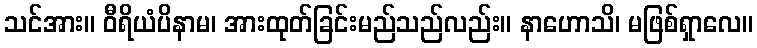
သင်အား။ ဝီရိယံပိနာမ၊ အားထုတ်ခြင်းမည်သည်လည်း။ နာဟောသိ၊ မဖြစ်ရှာလေ။